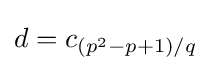
d=c_{(p^{2}-p+1)/q}